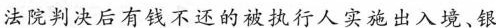
法院判决后有钱不还的被执行人实施出入境、银